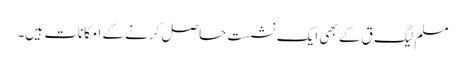
مسلم لیگ ق کے بھی ایک نشست حاصل کرنے کے امکانات ہیں۔